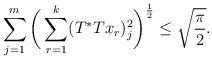
LaTeX: \begin{align*}\sum_{j=1}^m \bigg(\sum_{r=1}^k (T^*Tx_{r})_j^2\bigg)^{\frac12}\le \sqrt{\frac{\pi}{2}}.\end{align*}